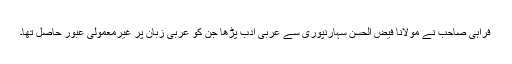
فراہی صاحب نے مولانا فیض الحسن سہارنپوری سے عربی ادب پڑھا جن کو عربی زبان پر غیرمعمولی عبور حاصل تھا۔